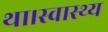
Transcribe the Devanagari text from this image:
था।स्वास्थ्य